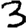
Digit: 3